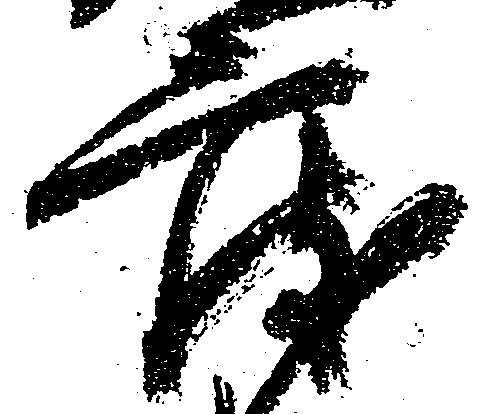
度